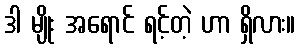
ဒါ မျိုး အရောင် ရင့်တဲ့ ဟာ ရှိလား။